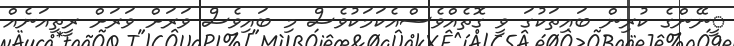
ީނޭންގެ ކުރިން ބައިތަކުގަ ވީ ގޮތެއްވެސްއެކަމަކުވެސް މި ބައިވެސް ވަރަށް ވަރަށް ރީތިއަނެއް